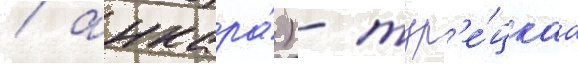
/ анкара́) - тур'е́цкаа